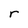
Character: r